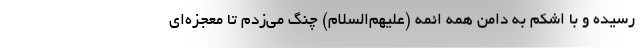
رسیده و با اشکم به دامن همه ائمه (علیهم‌السلام) چنگ می‌زدم تا معجزه‌ای